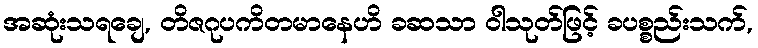
အဆုံးသရချေ, တိဇဂုပကိတမာနေဟိ ခဆသာ ဝါသုတ်ဖြင့် ခပစ္စည်းသက်,